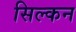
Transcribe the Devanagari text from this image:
सिल्कन